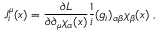
J _ { i } ^ { \mu } ( x ) = \frac { \partial { \cal { L } } } { \partial \partial _ { \mu } \chi _ { \alpha } ( x ) } \frac { 1 } { i } ( g _ { i } ) _ { \alpha \beta } \chi _ { \beta } ( x ) ~ ,